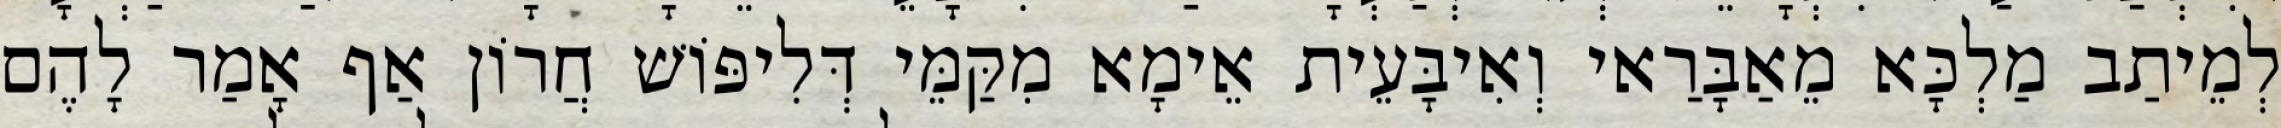
לְמֵיתַב מַלְכָּא מֵאַבָּרַאי וְאִיבָּעֵית אֵימָא מִקַּמֵּי דְּלִיפּוֹשׁ חֲרוֹן אַף אָמַר לָהֶם